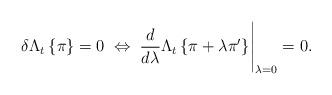
LaTeX: \begin{align*}\delta\Lambda_{t}\left\{ \pi\right\} =0\;\Leftrightarrow\;\frac{d}{d\lambda}\Lambda_{t}\left\{ \pi+\lambda\pi'\right\} \Biggr|_{\lambda=0}=0.\end{align*}